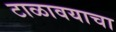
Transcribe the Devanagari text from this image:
टाळावयाचा